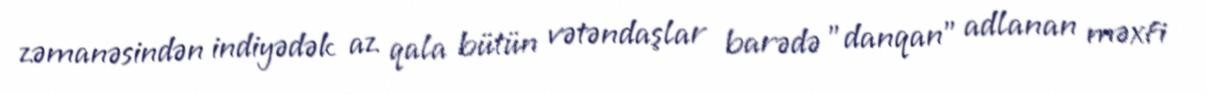
zəmanəsindən indiyədək az qala bütün vətəndaşlar barədə "danqan" adlanan məxfi